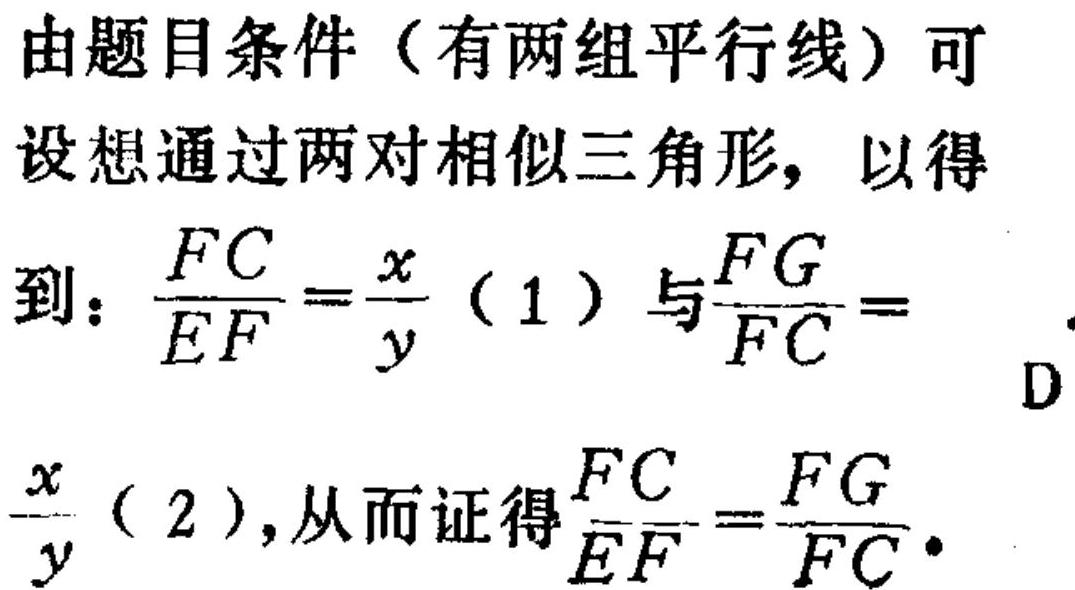
由题目条件（有两组平行线）可设想通过两对相似三角形，以得到：$\frac{FC}{EF}=\frac{x}{y}$（1）与$\frac{FG}{FC}=\frac{x}{y}$（2），从而证得$\frac{FC}{EF}=\frac{FG}{FC}$。